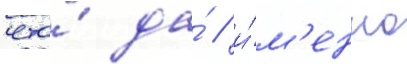
что́ да́ / и́м'енно